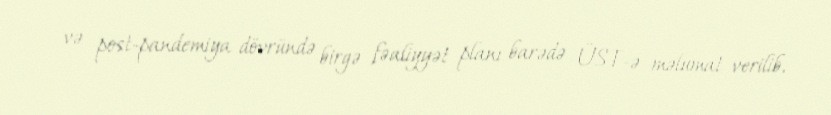
və post-pandemiya dövründə birgə fəaliyyət planı barədə ÜST-ə məlumat verilib.